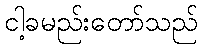
ငါ့ခမည်းတော်သည်